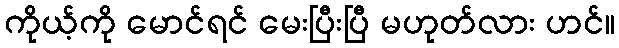
ကိုယ့်ကို မောင်ရင် မေးပြီးပြီ မဟုတ်လား ဟင်။